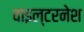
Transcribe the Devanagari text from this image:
वाइल्टरनेश